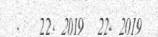
.   22